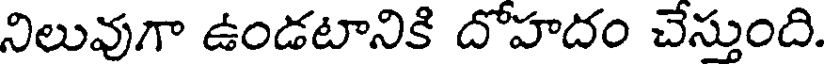
నిలువుగా ఉండటానికి దోహదం చేస్తుంది